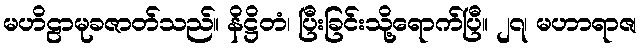
မဟိဠာမုခဇာတ်သည်။ နိဋ္ဌိတံ၊ ပြီးခြင်းသို့ရောက်ပြီ။ ၂၇၊ မဟာရာဇ၊